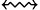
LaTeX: \leftrightsquigarrow